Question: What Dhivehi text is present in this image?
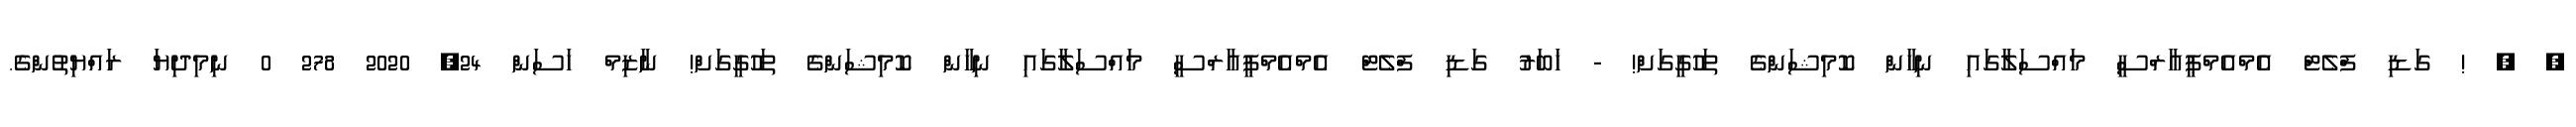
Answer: , , ! ގަޑި ފްލެޓް އެމްއެމްޕީއާރްސީ މައްސަލާގައި ނިހާން ކޮމިޝަންގެ ތަހުގީގަށް! - ޚަބަރު ގަޑި ފްލެޓް އެމްއެމްޕީއާރްސީ މައްސަލާގައި ނިހާން ކޮމިޝަންގެ ތަހުގީގަށް! ނާޒިމް ހަސަން 24, 2020 278 0 ނިމިދިޔަ ރައްޔިތުންގެ.